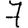
Digit: 7